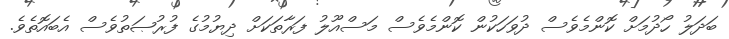
ބަދަލު ހޯދުމަށް ކޮންމެވެސް ދުވަހަކުން ކޮންމެވެސް މަސްއޫލު ފަރާތަކަށް ދިޔުމުގެ ފުރުޞަތުވެސް އެބައޮތެވެ.